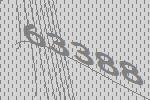
63388